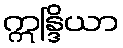
ဣန္ဒြိယာ